Vaccination North-Western Provinces 1866-1877 - 1866-1877
Year: 1866
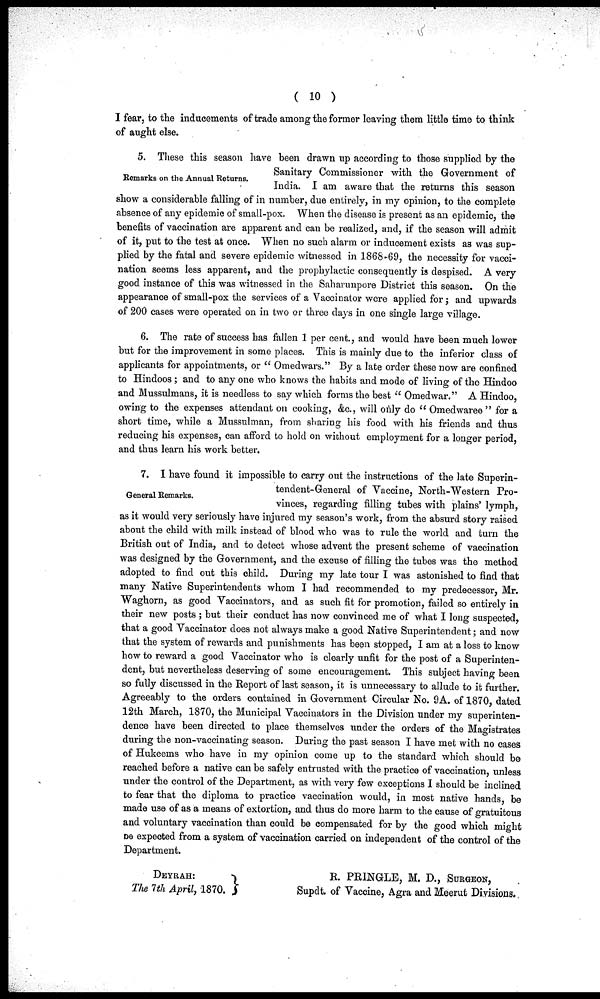
( 10 )
I fear, to the inducements of trade among the former leaving them little time to think
of aught else.
Remarks on the Annual Returns.
5. These this season have been drawn up according to those supplied by the
Sanitary Commissioner with the Government of
India. I am aware that the returns this season
show a considerable falling of in number, due entirely, in my opinion, to the complete
absence of any epidemic of small-pox. When the disease is present as an epidemic, the
benefits of vaccination are apparent and can be realized, and, if the season will admit
of it, put to the test at once. When no such alarm or inducement exists as was sup-
plied by the fatal and severe epidemic witnessed in 1868-69, the necessity for vacci-
nation seems less apparent, and the prophylactic consequently is despised. A very
good instance of this was witnessed in the Saharunpore District this season. On the
appearance of small-pox the services of a Vaccinator were applied for; and upwards
of 200 cases were operated on in two or three days in one single large village.
6. The rate of success has fallen 1 per cent., and would have been much lower
but for the improvement in some places. This is mainly due to the inferior class of
applicants for appointments, or " Omedwars." By a late order these now are confined
to Hindoos ; and to any one who knows the habits and mode of living of the Hindoo
and Mussulmans, it is needless to say which forms the best " Omedwar." A Hindoo,
owing to the expenses attendant on cooking, &c., will only do " Omedwaree " for a
short time, while a Mussulman, from sharing his food with his friends and thus
reducing his expenses, can afford to hold on without employment for a longer period,
and thus learn his work better.
General Remarks.
7. I have found it impossible to carry out the instructions of the late Superin-
tendent-General of Vaccine, North-Western Pro-
vinces, regarding filling tubes with plains' lymph,
as it would very seriously have injured my season's work, from the absurd story raised
about the child with milk instead of blood who was to rule the world and turn the
British out of India, and to detect whose advent the present scheme of vaccination
was designed by the Government, and the excuse of filling the tubes was the method
adopted to find out this child. During my late tour I was astonished to find that
many Native Superintendents whom I had recommended to my predecessor, Mr.
Waghorn, as good Vaccinators, and as such fit for promotion, failed so entirely in
their new posts ; but their conduct has now convinced me of what I long suspected,
that a good Vaccinator does not always make a good Native Superintendent; and now
that the system of rewards and punishments has been stopped, I am at a loss to know
how to reward a good Vaccinator who is clearly unfit for the post of a Superinten-
dent, but nevertheless deserving of some encouragement. This subject having been
so fully discussed in the Report of last season, it is unnecessary to allude to it further.
Agreeably to the orders contained in Government Circular No. 9A. of 1870, dated
12th March, 1870, the Municipal Vaccinators in the Division under my superinten-
dence have been directed to place themselves under the orders of the Magistrates
during the non-vaccinating season. During the past season I have met with no cases
of Hukeems who have in my opinion come up to the standard which should be
reached before a native can be safely entrusted with the practice of vaccination, unless
under the control of the Department, as with very few exceptions I should be inclined
to fear that the diploma to practice vaccination would, in most native hands, be
made use of as a means of extortion, and thus do more harm to the cause of gratuitous
and voluntary vaccination than could be compensated for by the good which might
be expected from a system of vaccination carried on independent of the control of the
Department.
DEYRAH:
The 7th April, 1870.
R. PRINGLE, M. D., SURGEON,
Supdt. of Vaccine, Agra and Meerut Divisions.